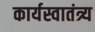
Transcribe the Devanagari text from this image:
कार्यस्वातंत्र्य